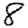
Digit: 8